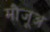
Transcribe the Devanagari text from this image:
मौजूअ